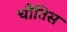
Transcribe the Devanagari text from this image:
चौंतिस